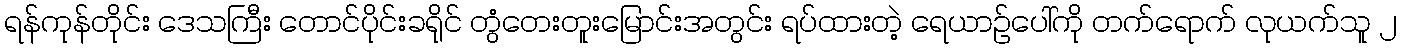
ရန်ကုန်တိုင်း ဒေသကြီး တောင်ပိုင်းခရိုင် တွံတေးတူးမြောင်းအတွင်း ရပ်ထားတဲ့ ရေယာဉ်ပေါ်ကို တက်ရောက် လုယက်သူ ၂